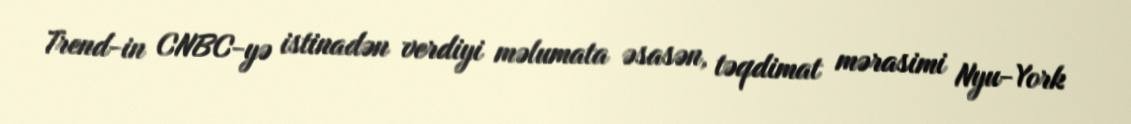
Trend-in CNBC-yə istinadən verdiyi məlumata əsasən, təqdimat mərasimi Nyu-York